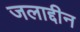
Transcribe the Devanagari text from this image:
जलाद्दीन